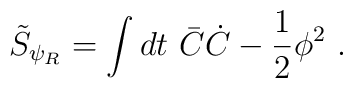
\tilde S_{\psi_R}=\int dt\ \bar C\dot C -{1\over2}\phi^2\ .